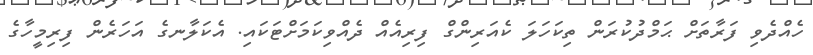
ހެއްދެވި ފަރާތަށް ޙަމްދުކުރަން ތިކަހަލަ ކެއަރިންގް ފިރިއެއް ދެއްވިކަމަށްޓަކައި. އެކަލާނގެ އަހަރެން ފިރިމީހާގެ